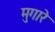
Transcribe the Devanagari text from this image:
मुगारे